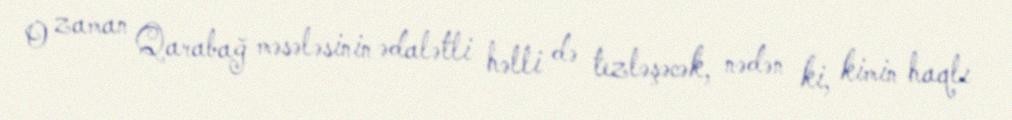
O zaman Qarabağ məsələsinin ədalətli həlli də tezləşəcək, nədən ki, kimin haqlı